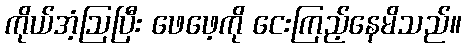
ကိုယ်အံ့ဩပြီး ဖေဖေ့ကို ငေးကြည့်နေမိသည်။